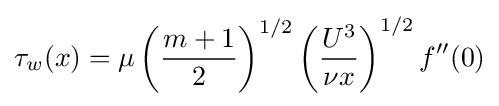
\tau _{w}(x)=\mu \left({\frac {m+1}{2}}\right)^{1/2}\left({\frac {U^{3}}{\nu x}}\right)^{1/2}f''(0)